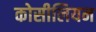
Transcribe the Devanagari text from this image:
कोसीलियम